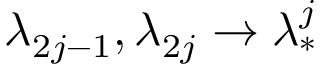
\lambda _ { 2 j - 1 } , \lambda _ { 2 j } \to \lambda _ { * } ^ { j }